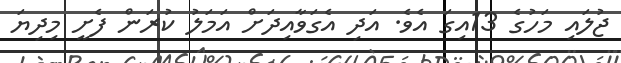
ޖުލައި މަހުގެ 13އިގަ އެވެ. އަދި އެގަވާއިދަށް އަމަލު ކުރަން ފެށީ މިދިޔަ